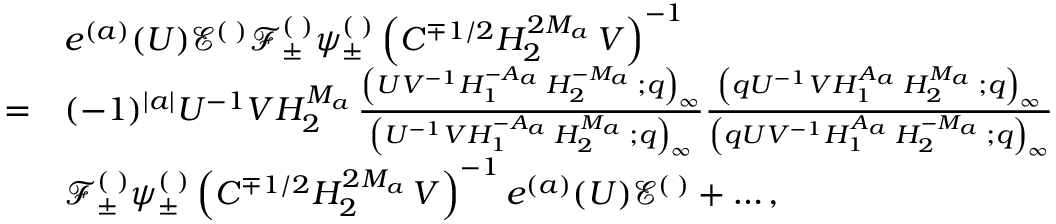
\begin{array} { r l } & { e ^ { ( a ) } ( U ) \mathcal { E } ^ { ( \digamma ) } \mathcal { F } _ { \pm } ^ { ( \digamma ) } \psi _ { \pm } ^ { ( \digamma ) } \left( C ^ { \mp 1 / 2 } H _ { 2 } ^ { 2 M _ { a \digamma } } V \right) ^ { - 1 } } \\ { = } & { ( - 1 ) ^ { | a | } U ^ { - 1 } V H _ { 2 } ^ { M _ { a \digamma } } \frac { \left( U V ^ { - 1 } H _ { 1 } ^ { - A _ { a \digamma } } H _ { 2 } ^ { - M _ { a \digamma } } ; q \right) _ { \infty } } { \left( U ^ { - 1 } V H _ { 1 } ^ { - A _ { a \digamma } } H _ { 2 } ^ { M _ { a \digamma } } ; q \right) _ { \infty } } \frac { \left( q U ^ { - 1 } V H _ { 1 } ^ { A _ { a \digamma } } H _ { 2 } ^ { M _ { a \digamma } } ; q \right) _ { \infty } } { \left( q U V ^ { - 1 } H _ { 1 } ^ { A _ { a \digamma } } H _ { 2 } ^ { - M _ { a \digamma } } ; q \right) _ { \infty } } } \\ & { \mathcal { F } _ { \pm } ^ { ( \digamma ) } \psi _ { \pm } ^ { ( \digamma ) } \left( C ^ { \mp 1 / 2 } H _ { 2 } ^ { 2 M _ { a \digamma } } V \right) ^ { - 1 } e ^ { ( a ) } ( U ) \mathcal { E } ^ { ( \digamma ) } + \dots , } \end{array}